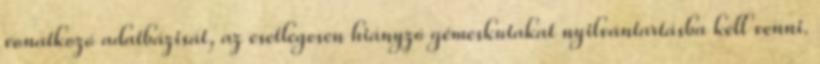
vonatkozó adatbázisát, az esetlegesen hiányzó gémeskutakat nyilvántartásba kell venni.